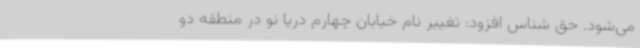
می‌شود. حق شناس افزود: تغییر نام خیابان چهارم دریا نو در منطقه دو